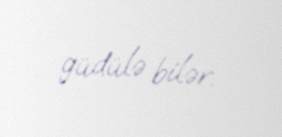
güdülə bilər.